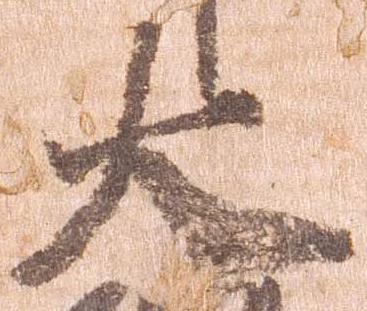
大